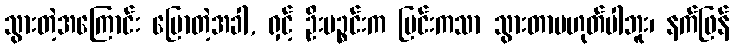
သွားတဲ့အကြောင်း ပြောတဲ့အခါ, ရှင့် ဦးပဉ္စင်းက မြင်းကသာ သွားတာမဟုတ်ပါဘူး၊ နက်ဖြန်